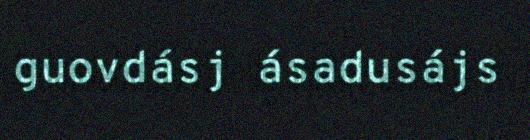
guovdásj ásadusájs